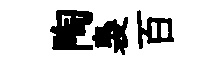
陶裊百